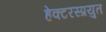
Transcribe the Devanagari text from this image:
हेक्टरस्प्रयुत